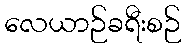
လေယာဉ်ခရီးစဉ်